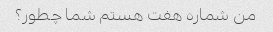
من شماره هفت هستم شما چطور؟